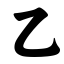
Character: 乙